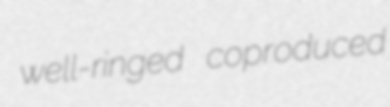
well-ringed coproduced